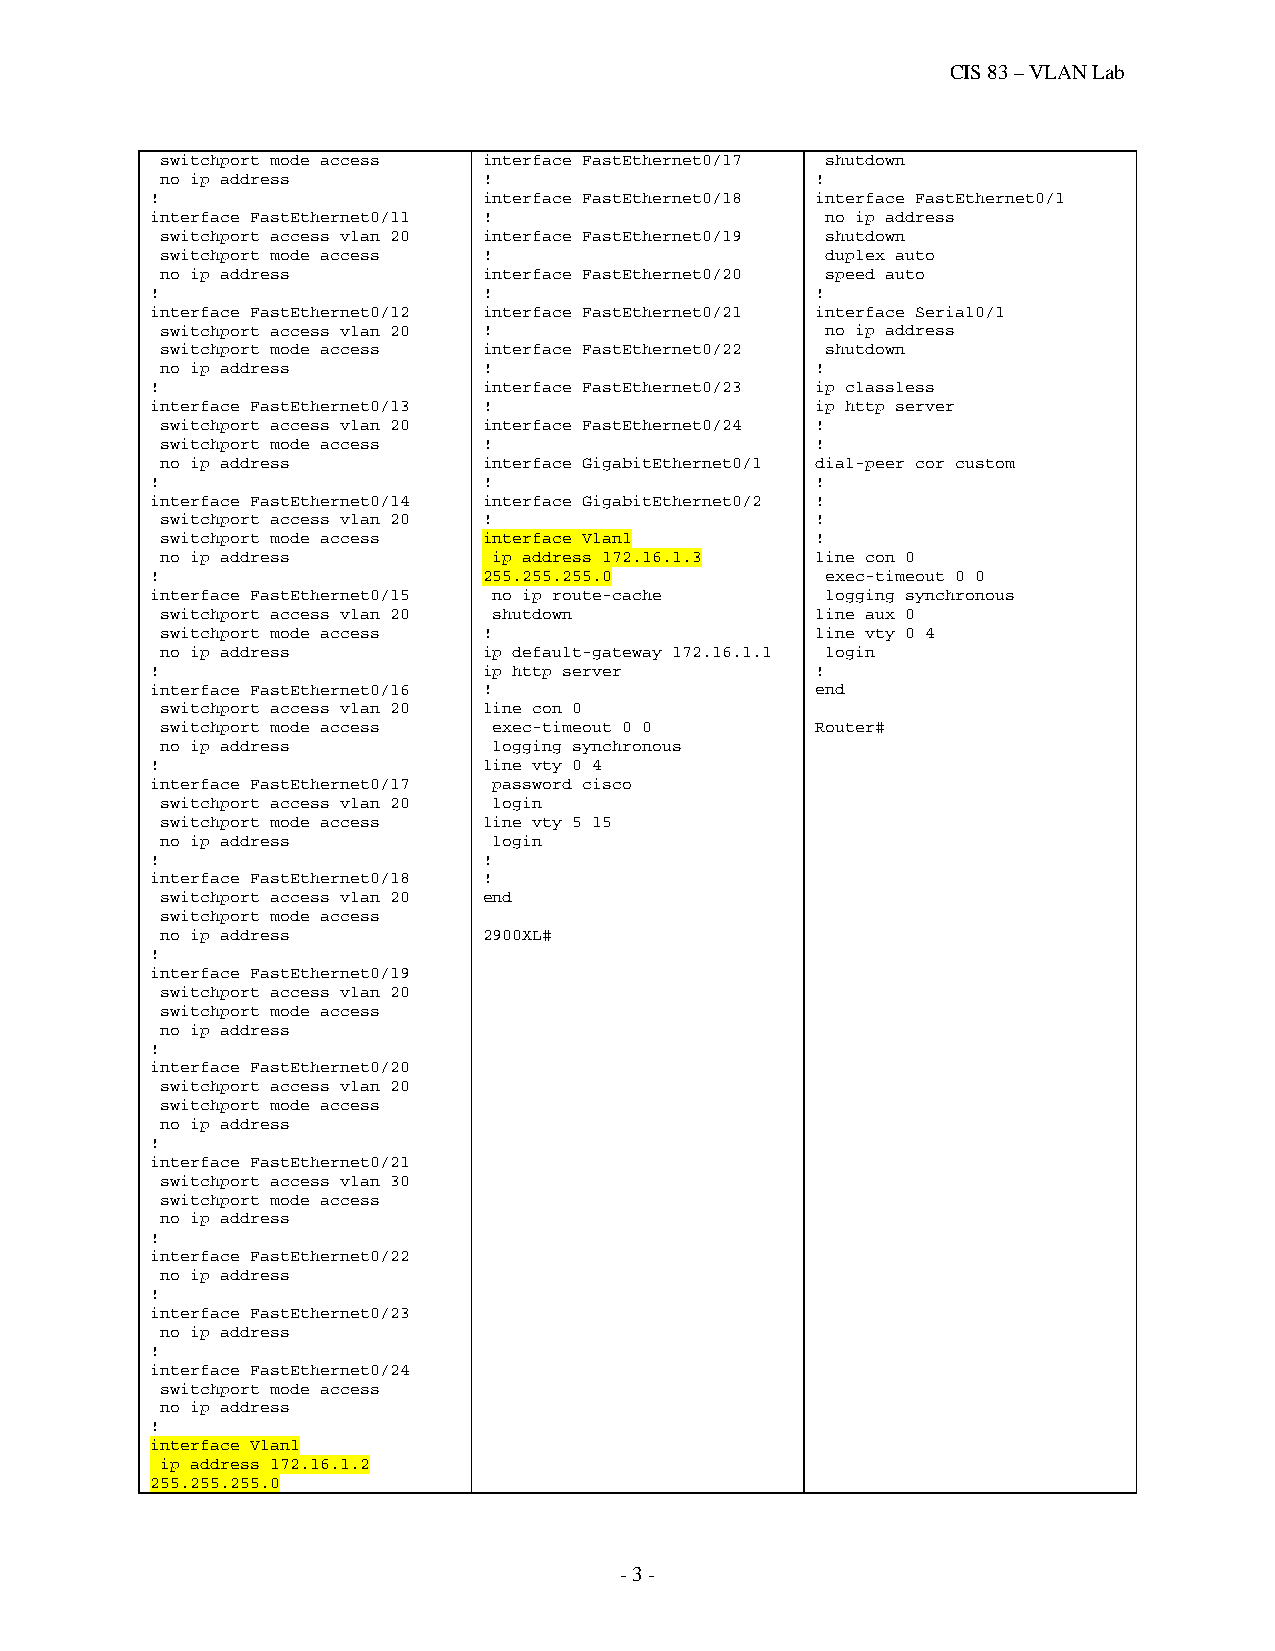
CIS 83 – VLAN Lab
 switchport mode access interface FastEthernet0/17 shutdown
 no ip address        !                     !
 !                     interface FastEthernet0/18 interface FastEthernet0/1
 interface FastEthernet0/11 !                 no ip address
 switchport access vlan 20 interface FastEthernet0/19 shutdown
 switchport mode access !                    duplex auto
 no ip address        interface FastEthernet0/20 speed auto
 !                     !                     !
 interface FastEthernet0/12 interface FastEthernet0/21 interface Serial0/1
 switchport access vlan 20 !                 no ip address
 switchport mode access interface FastEthernet0/22 shutdown
 no ip address        !                     !
 !                     interface FastEthernet0/23 ip classless
 interface FastEthernet0/13 !                ip http server
 switchport access vlan 20 interface FastEthernet0/24 !
 switchport mode access !                   !
 no ip address        interface GigabitEthernet0/1 dial-peer cor custom
 !                     !                     !
 interface FastEthernet0/14 interface GigabitEthernet0/2 !
 switchport access vlan 20 !                !
 switchport mode access interface Vlan1     !
 no ip address         ip address 172.16.1.3 line con 0
 !                     255.255.255.0          exec-timeout 0 0
 interface FastEthernet0/15 no ip route-cache logging synchronous
 switchport access vlan 20 shutdown         line aux 0
 switchport mode access !                   line vty 0 4
 no ip address        ip default-gateway 172.16.1.1 login
 !                     ip http server        !
 interface FastEthernet0/16 !                end
 switchport access vlan 20 line con 0
 switchport mode access exec-timeout 0 0    Router#
 no ip address         logging synchronous
 !                     line vty 0 4
 interface FastEthernet0/17 password cisco
 switchport access vlan 20 login
 switchport mode access line vty 5 15
 no ip address         login
 !                     !
 interface FastEthernet0/18 !
 switchport access vlan 20 end
 switchport mode access
 no ip address        2900XL#
 !
 interface FastEthernet0/19
 switchport access vlan 20
 switchport mode access
 no ip address
 !
 interface FastEthernet0/20
 switchport access vlan 20
 switchport mode access
 no ip address
 !
 interface FastEthernet0/21
 switchport access vlan 30
 switchport mode access
 no ip address
 !
 interface FastEthernet0/22
 no ip address
 !
 interface FastEthernet0/23
 no ip address
 !
 interface FastEthernet0/24
 switchport mode access
 no ip address
 !
 interface Vlan1
 ip address 172.16.1.2
 255.255.255.0
 - 3 -